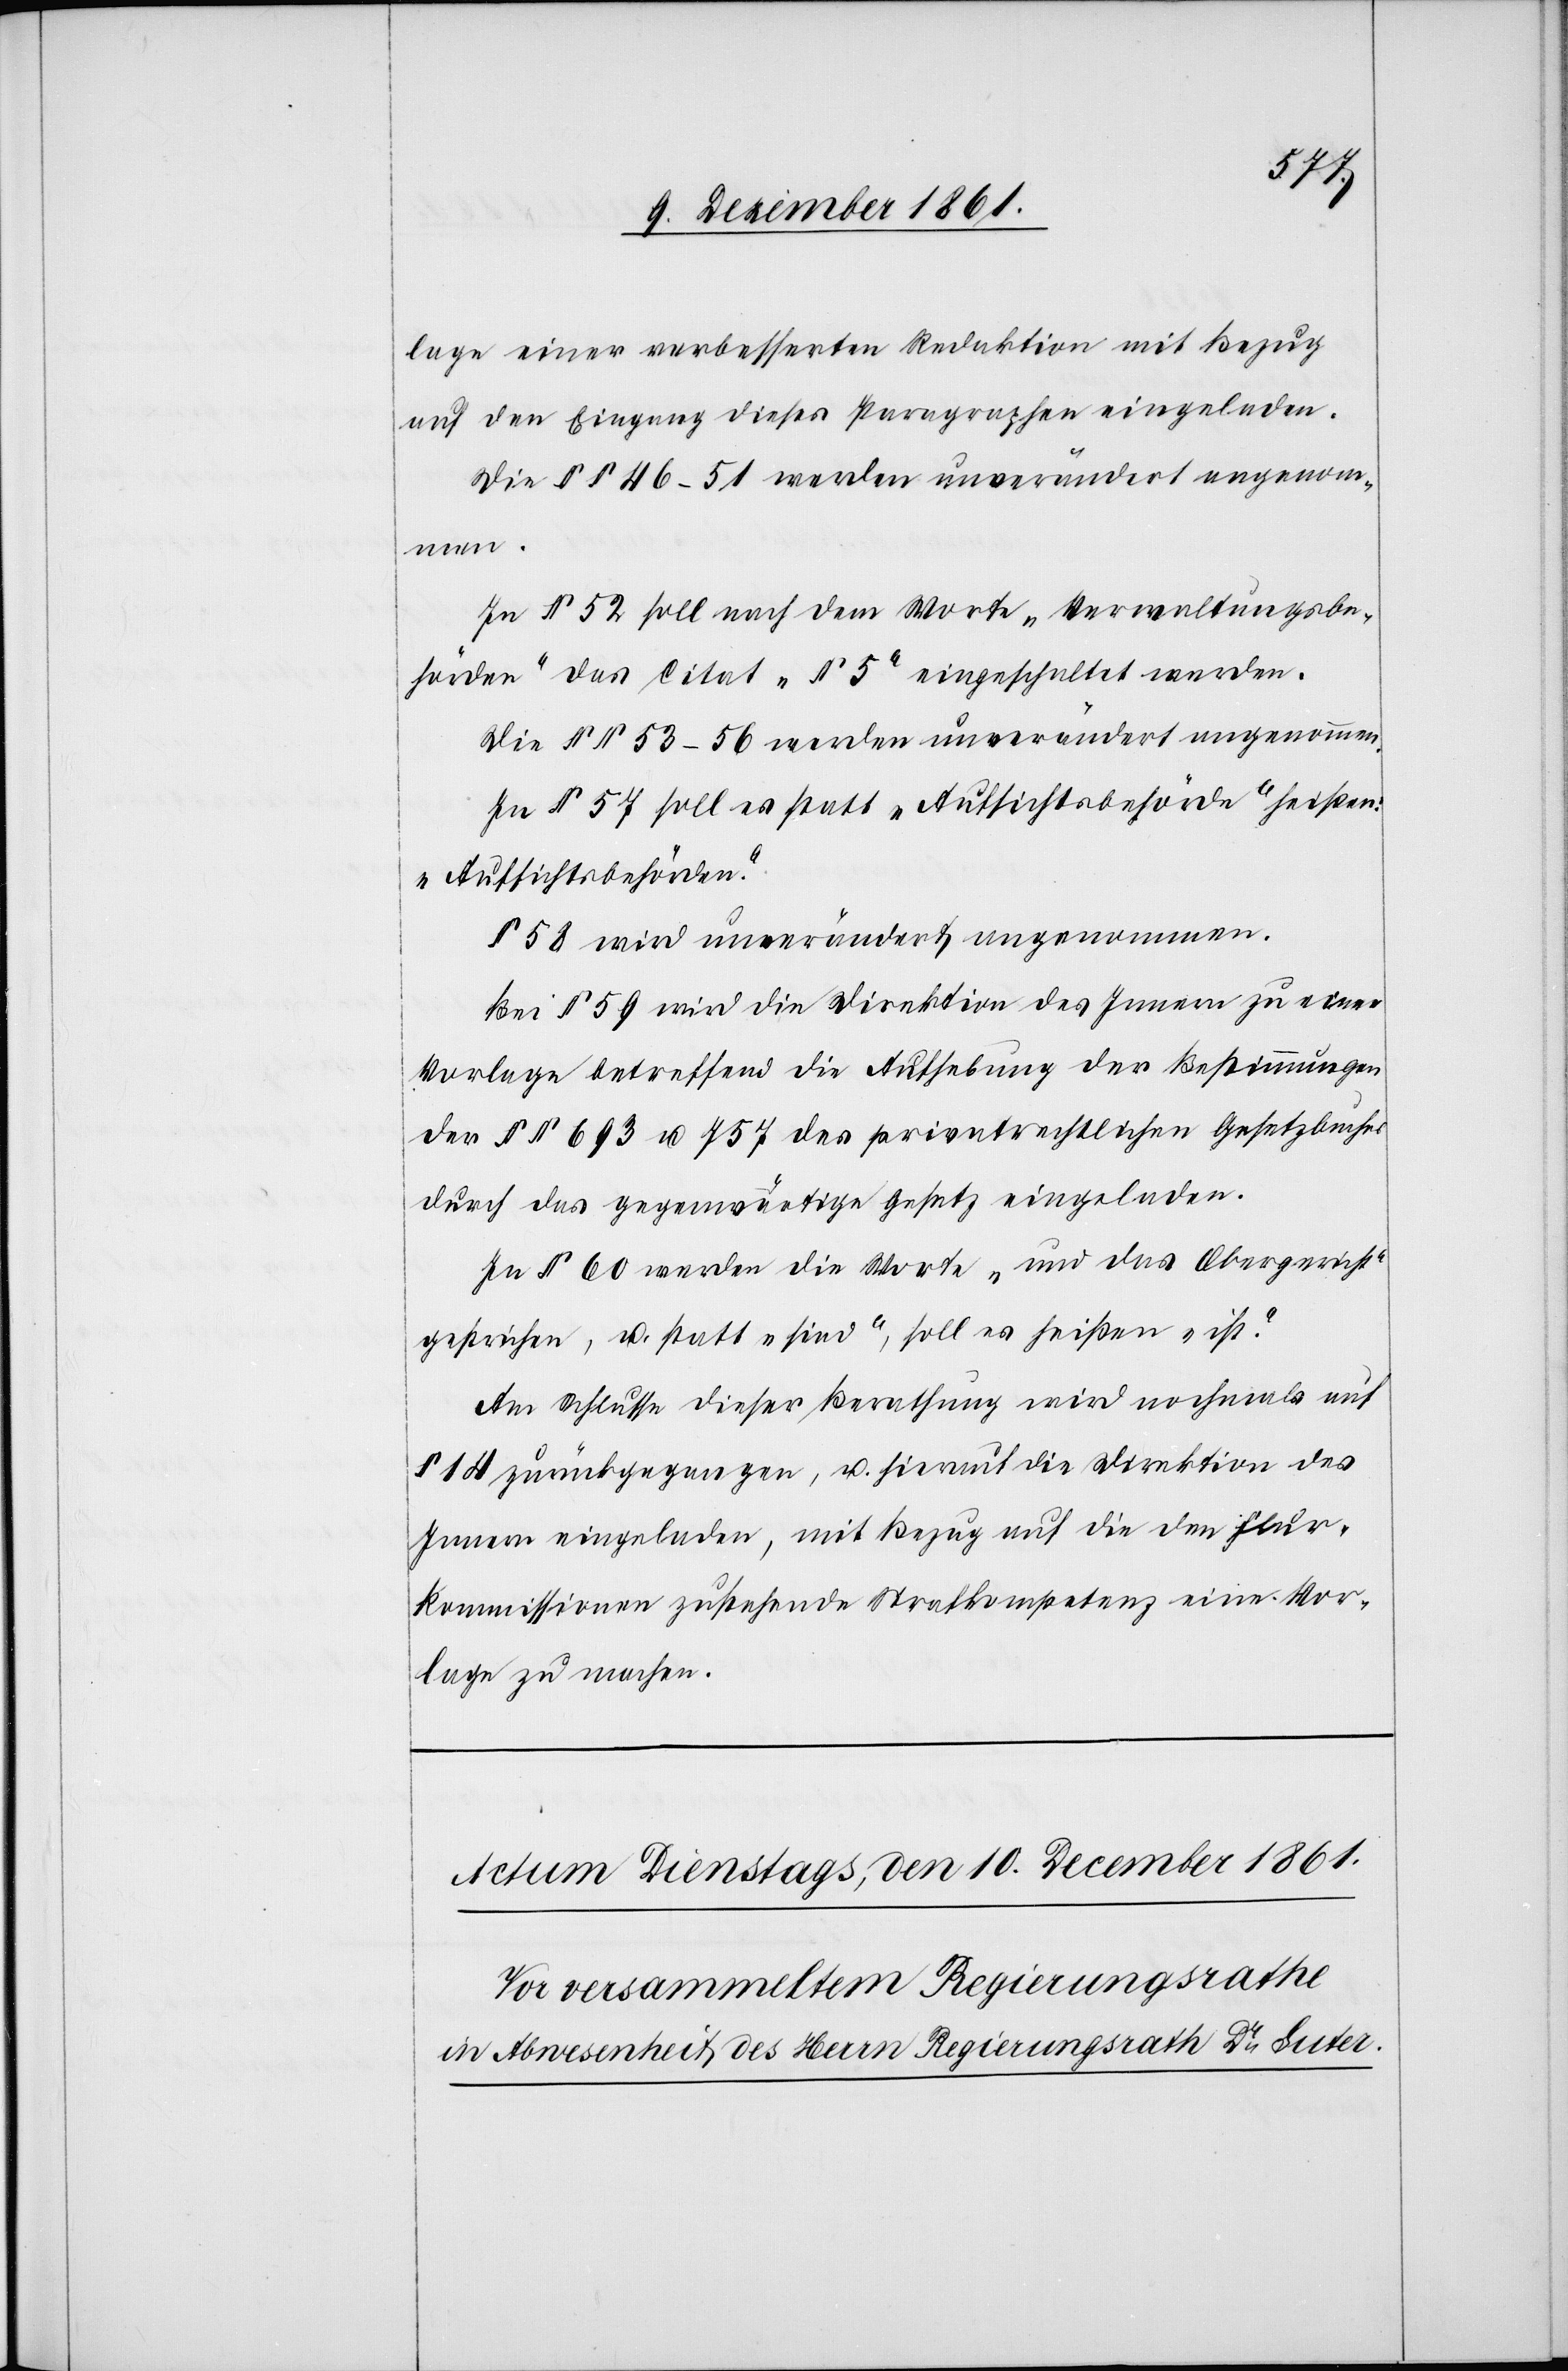
lage einer verbesserten Redaktion mit Bezug
auf den Eingang dieses Paragraphen eingeladen.
Die §§ 46–51 werden unverändert angenomm¬
en.
In § 52 soll nach dem Worte „Verwaltungsbe¬
hörden“ das Citat „§ 5“ eingeschaltet werden.
Die §§ 53–56 werden unverändert angenommen.
In § 57 soll es statt „Aufsichtsbehörde“ heißen:
„Aufsichtsbehörden“.
§ 58 wird unverändert angenommen.
Bei § 59 wird die Direktion des Innern zu einer
Vorlage betreffend die Aufhebung der Bestimmungen
der §§ 693 u. 757 des privatrechtlichen Gesetzbuches
durch das gegenwärtige Gesetz eingeladen.
In § 60 werden die Worte „und das Obergericht“
gestrichen, u. statt „sind“, soll es heißen „ist“.
Am Schlusse dieser Berathung wird nochmals auf
§ 14 zurückgegangen, u. hierauf die Direktion des
Innern eingeladen, mit Bezug auf die den Flur¬
kommissionen zustehende Strafkompetenz eine Vor¬
lage zu machen.